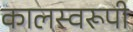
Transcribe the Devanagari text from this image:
कालस्वरूपी